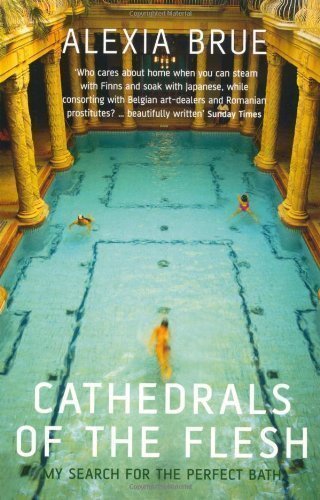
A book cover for Cathedrals of the Flesh: My Search for the Perfect Bath New Edition by Brue, Alexia published by Bloomsbury Publishing PLC (2004); Travel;